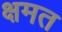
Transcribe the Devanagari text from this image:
क्षमत